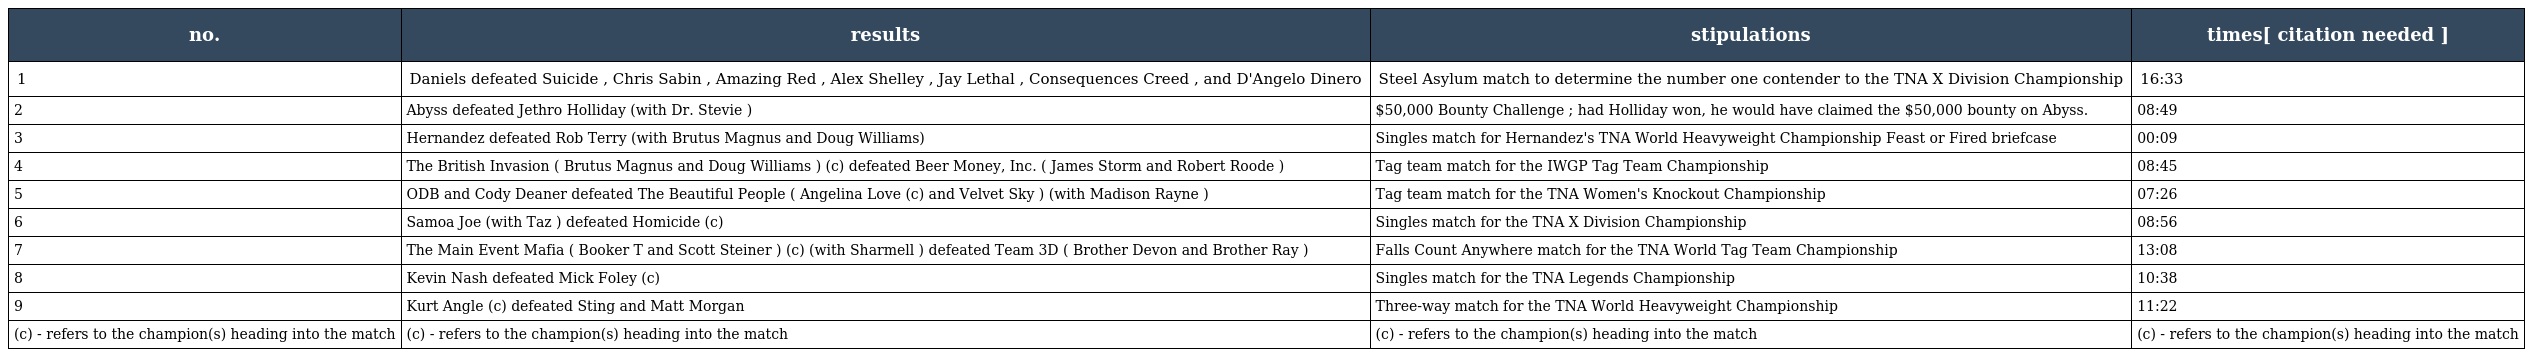
| no. | results | stipulations | times[ citation needed ] |
 | --- | --- | --- | --- |
 | 1 | Daniels defeated Suicide , Chris Sabin , Amazing Red , Alex Shelley , Jay Lethal , Consequences Creed , and D'Angelo Dinero | Steel Asylum match to determine the number one contender to the TNA X Division Championship | 16:33 |
 | 2 | Abyss defeated Jethro Holliday (with Dr. Stevie ) | $50,000 Bounty Challenge ; had Holliday won, he would have claimed the $50,000 bounty on Abyss. | 08:49 |
 | 3 | Hernandez defeated Rob Terry (with Brutus Magnus and Doug Williams) | Singles match for Hernandez's TNA World Heavyweight Championship Feast or Fired briefcase | 00:09 |
 | 4 | The British Invasion ( Brutus Magnus and Doug Williams ) (c) defeated Beer Money, Inc. ( James Storm and Robert Roode ) | Tag team match for the IWGP Tag Team Championship | 08:45 |
 | 5 | ODB and Cody Deaner defeated The Beautiful People ( Angelina Love (c) and Velvet Sky ) (with Madison Rayne ) | Tag team match for the TNA Women's Knockout Championship | 07:26 |
 | 6 | Samoa Joe (with Taz ) defeated Homicide (c) | Singles match for the TNA X Division Championship | 08:56 |
 | 7 | The Main Event Mafia ( Booker T and Scott Steiner ) (c) (with Sharmell ) defeated Team 3D ( Brother Devon and Brother Ray ) | Falls Count Anywhere match for the TNA World Tag Team Championship | 13:08 |
 | 8 | Kevin Nash defeated Mick Foley (c) | Singles match for the TNA Legends Championship | 10:38 |
 | 9 | Kurt Angle (c) defeated Sting and Matt Morgan | Three-way match for the TNA World Heavyweight Championship | 11:22 |
 | (c) - refers to the champion(s) heading into the match | (c) - refers to the champion(s) heading into the match | (c) - refers to the champion(s) heading into the match | (c) - refers to the champion(s) heading into the match |